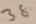
Text: 38